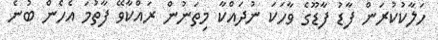
ހަލާކުކުރަން ފާޑު ފާޑޫގެ ވާހަކަ ނުދައްކާ މިތަނުން ރައްކާވޭ ފާތުމަ އެހެން ބުނެ